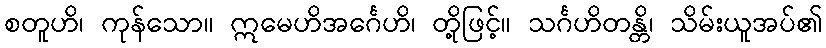
စတူဟိ၊ ကုန်သော။ ဣမေဟိအင်္ဂေဟိ၊ တို့ဖြင့်။ သင်္ဂဟိတန္တိ၊ သိမ်းယူအပ်၏